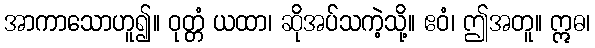
အာကာသောဟူ၍။ ဝုတ္တံ ယထာ၊ ဆိုအပ်သကဲ့သို့။ ဧဝံ၊ ဤအတူ။ ဣဓ၊